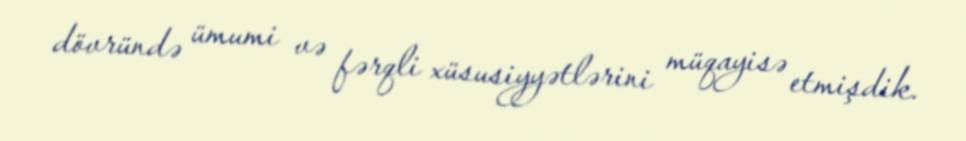
dövründə ümumi və fərqli xüsusiyyətlərini müqayisə etmişdik.